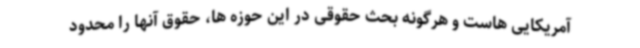
آمریکایی هاست و هرگونه بحث حقوقی در این حوزه ها، حقوق آنها را محدود